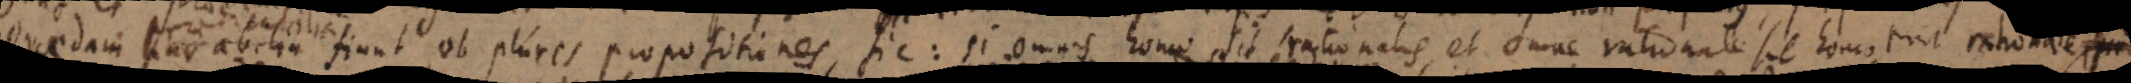
praedicabilia fiunt ob plures propositiones, sic: si omnis homo sit rationalis, et omne rationale sit homo, erit rationale